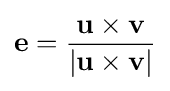
\mathbf {e} ={\frac {\mathbf {u} \times \mathbf {v} }{|\mathbf {u} \times \mathbf {v} |}}